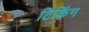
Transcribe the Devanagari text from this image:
टिकिंग